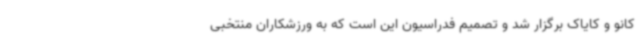
کانو و کایاک برگزار شد و تصمیم فدراسیون این است که به ورزشکاران منتخبی